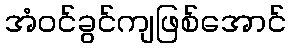
အံဝင်ခွင်ကျဖြစ်အောင်